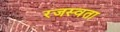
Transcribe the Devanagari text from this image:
रजस्वता